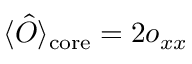
\langle \hat { O } \rangle _ { \mathrm { c o r e } } = 2 o _ { x x }